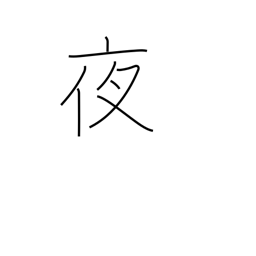
Meaning: night